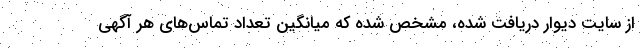
از سایت دیوار دریافت شده، مشخص شده که میانگین تعداد تماس‌های هر آگهی